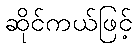
ဆိုင်ကယ်ဖြင့်